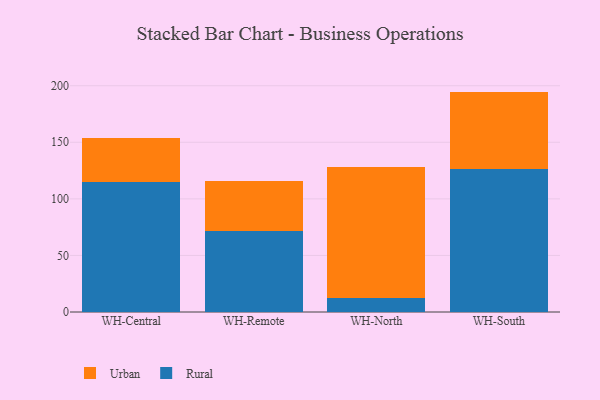
{"axis": {"x": "Warehouse", "y": "Satisfaction Score"}, "legend": ["Rural", "Urban"], "data": [{"x": "WH-Central", "y": 115.2, "type": "Rural"}, {"x": "WH-Central", "y": 38.5, "type": "Urban"}, {"x": "WH-Remote", "y": 71.6, "type": "Rural"}, {"x": "WH-Remote", "y": 44.0, "type": "Urban"}, {"x": "WH-North", "y": 12.1, "type": "Rural"}, {"x": "WH-North", "y": 116.0, "type": "Urban"}, {"x": "WH-South", "y": 126.2, "type": "Rural"}, {"x": "WH-South", "y": 68.6, "type": "Urban"}]}